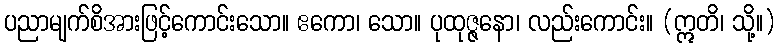
ပညာမျက်စိအားဖြင့်ကောင်းသော။ ဧကော၊ သော။ ပုထုဇ္ဇနော၊ လည်းကောင်း။ (ဣတိ၊ သို့။)